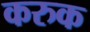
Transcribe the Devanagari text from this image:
करुक